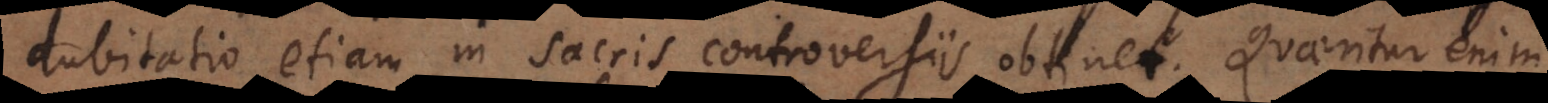
dubitatio etiam in sacris controversiis obtinet. Quaeritur enim